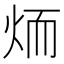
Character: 𦓒